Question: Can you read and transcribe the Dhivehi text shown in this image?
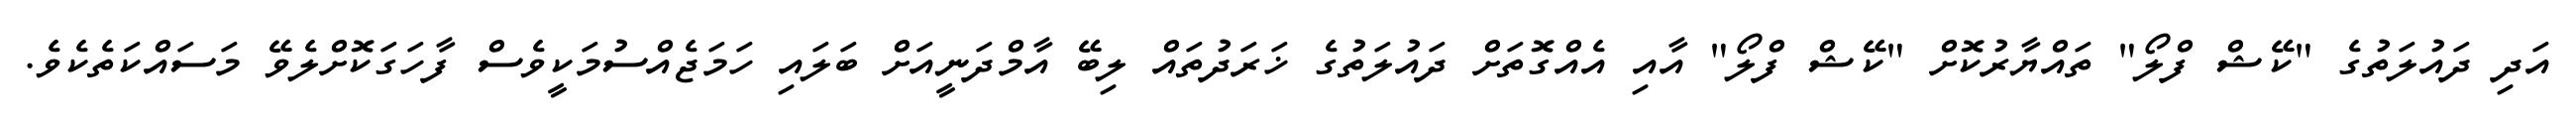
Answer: އަދި ދައުލަތުގެ "ކޭޝް ފްލޯ" ތައްޔާރުކޮށް "ކޭޝް ފްލޯ" އާއި އެއްގޮތަށް ދައުލަތުގެ ޚަރަދުތައް ލިބޭ އާމްދަނީއަށް ބަލައި ހަމަޖެއްސުމަކީވެސް ފާހަގަކޮށްލެވޭ މަސައްކަތެކެވެ.